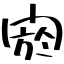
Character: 閼